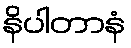
နိပါတာနံ